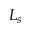
L _ { s }